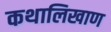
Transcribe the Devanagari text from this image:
कथालिखाण